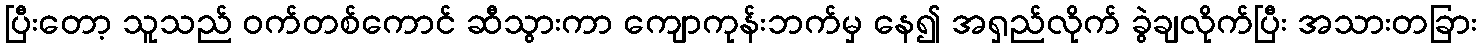
ပြီးတော့ သူသည် ဝက်တစ်ကောင် ဆီသွားကာ ကျောကုန်းဘက်မှ နေ၍ အရှည်လိုက် ခွဲချလိုက်ပြီး အသားတခြား